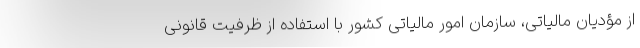
از مؤدیان مالیاتی، سازمان امور مالیاتی کشور با استفاده از ظرفیت قانونی